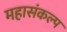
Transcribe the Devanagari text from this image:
महासंकल्प